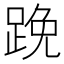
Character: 𨁙